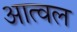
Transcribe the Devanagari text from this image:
आत्वल